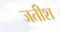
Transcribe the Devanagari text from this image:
जतीश